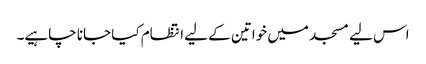
اس لیے مسجد میں خواتین کے لیے انتظام کیا جانا چاہیے۔